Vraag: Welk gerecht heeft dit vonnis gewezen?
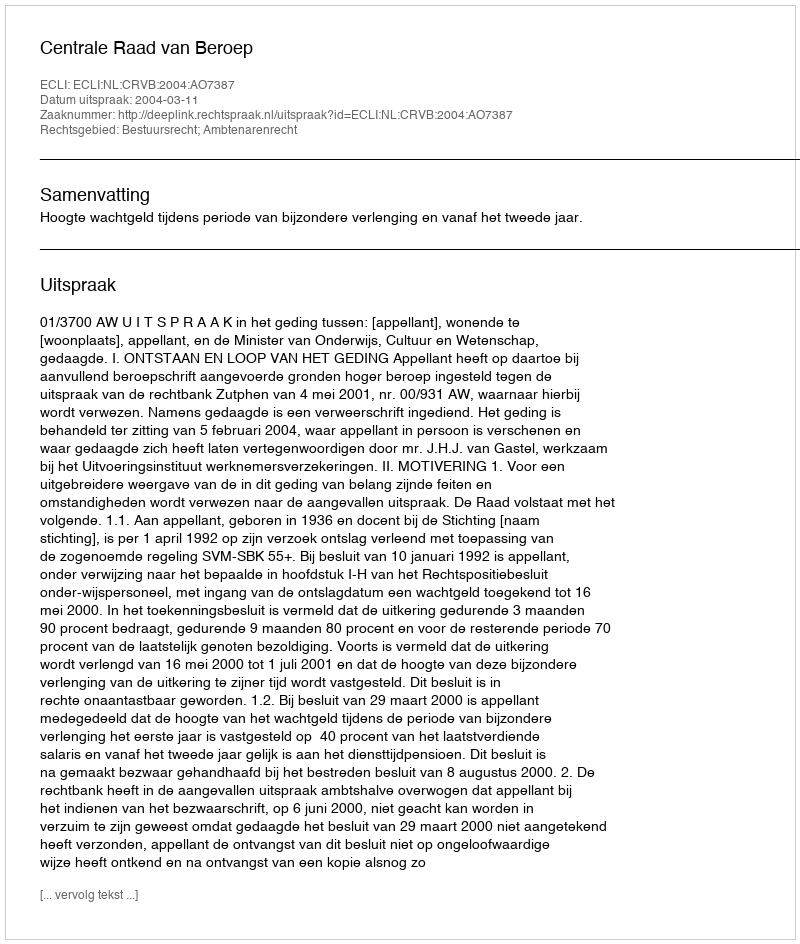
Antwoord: Centrale Raad van Beroep